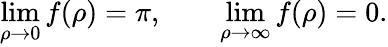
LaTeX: \operatorname*{lim}_{\rho\rightarrow 0}f(\rho)=\pi,\qquad\operatorname*{lim}_{\rho\rightarrow\infty}f(\rho)=0.